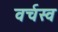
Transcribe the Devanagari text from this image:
वर्चस्‍व